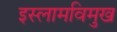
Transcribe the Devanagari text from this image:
इस्लामविमुख